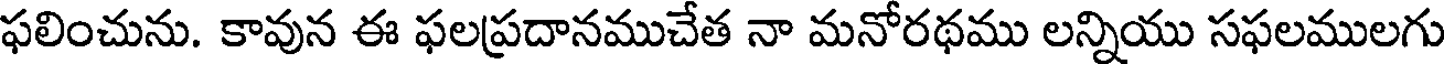
ఫలించును. కావున ఈ ఫలప్రదానముచేత నా మనోరథము లన్నియు సఫలములగు